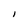
Character: l